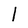
Character: l